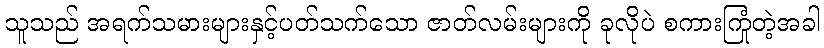
သူသည် အရက်သမားများနှင့်ပတ်သက်သော ဇာတ်လမ်းများကို ခုလိုပဲ စကားကြုံတဲ့အခါ